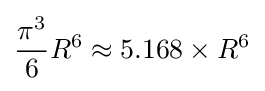
{\frac {\pi ^{3}}{6}}R^{6}\approx 5.168\times R^{6}